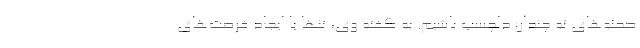
صحنه‌های نه چندان دلچسب باشیم. به گفته وی، تنها با ایجاد فرصت‌های